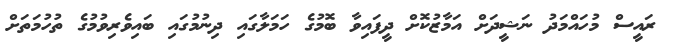
ރައީސް މުހައްމަދު ނަޝީދަށް އަމާޒުކޮށް ދީފައިވާ ބޮމުގެ ހަމަލާގައި ދިނުމުގައި ބައިވެރިވުމުގެ ތުހުމަތަށް